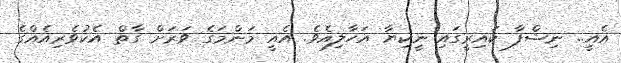
އެއީ.. ނިޝްފާ ކައިރީގައި ނީކިޔާ އަހާލިއެވެ. އެއީ މަންމަގެ ވަރަށް ގާތް އެކުވެރިއެއްގެ